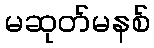
မဆုတ်မနစ်